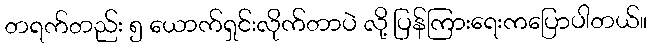
တရက်တည်း ၅ ယောက်ရှင်းလိုက်တာပဲ လို့ ပြန်ကြားရေးကပြောပါတယ်။